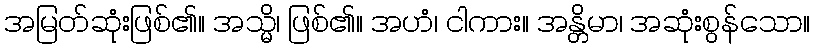
အမြတ်ဆုံးဖြစ်၏။ အသ္မိ၊ ဖြစ်၏။ အဟံ၊ ငါကား။ အန္တိမာ၊ အဆုံးစွန်သော။